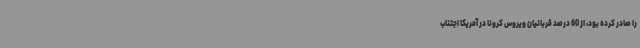
را صادر کرده بود، از 60 درصد قربانیان ویروس کرونا در آمریکا اجتناب